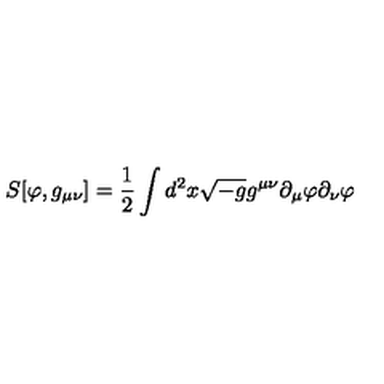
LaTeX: S [ \varphi , g _ { \mu \nu } ] = \frac { 1 } { 2 } \int d ^ { 2 } x \sqrt { - g } g ^ { \mu \nu } \partial _ { \mu } \varphi \partial _ { \nu } \varphi